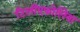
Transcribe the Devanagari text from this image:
टिलीएफोलिया